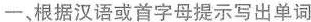
一、根据汉语或首字母提示写出单词